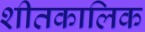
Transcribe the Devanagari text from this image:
शीतकालिक